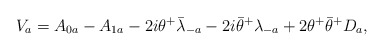
\begin{align*}V_a=A_{0a}-A_{1a}-2i\theta^+ {\bar \lambda}_{-a}-2i{\bar \theta}^+ \lambda_{-a} +2 \theta^+ {\bar \theta}^+ D_a,\end{align*}